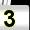
Digit: 3